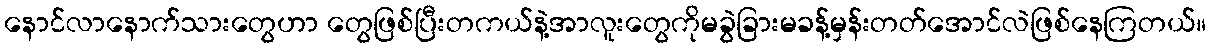
နောင်လာနောက်သားတွေဟာ တွေဖြစ်ပြီးတကယ်နဲ့အာလူးတွေကိုမခွဲခြားမခန့်မှန်းတတ်အောင်လဲဖြစ်နေကြတယ်။